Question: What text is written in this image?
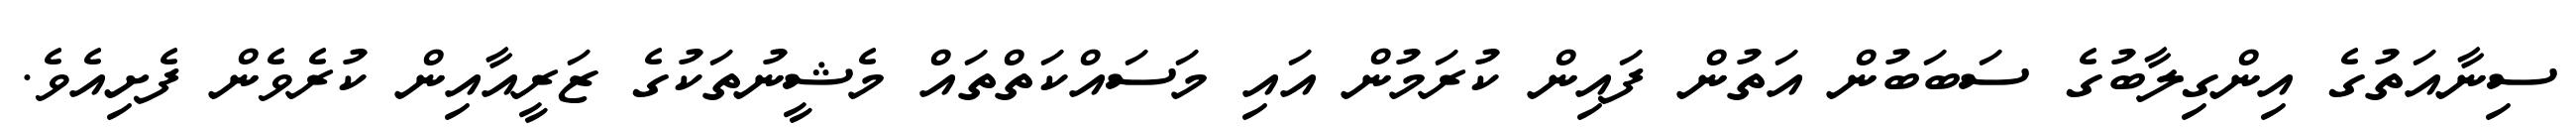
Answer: ސިނާއަތުގެ އިންގިލާބުގެ ސަބަބުން އަތުން ފައިން ކުރަމުން އައި މަސައްކަތްތައް މެޝީނުތަކުގެ ޒަރީއާއިން ކުރެވެން ފެށިއެވެ.